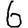
Digit: 6